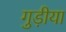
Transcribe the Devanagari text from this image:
गुड़ीया